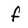
Character: f